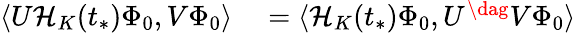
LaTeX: \begin{array}{rl}{\langle U\mathcal{H}_{K}(t_{*})\Phi_{0},V\Phi_{0}\rangle}&{{}=\langle\mathcal{H}_{K}(t_{*})\Phi_{0},U^{\dag}V\Phi_{0}\rangle}\end{array}